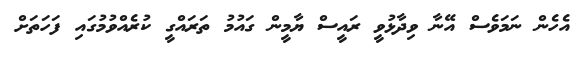
އެހެން ނަމަވެސް އޭނާ ވިދާޅުވީ ރައީސް ޔާމީން ގައުމު ތަރައްގީ ކުރެއްވުމުގައި ފަހަތަށް